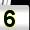
Digit: 5